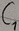
Text: C1